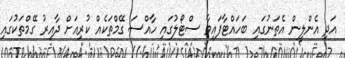
އަދި އެންލީން އެތަނުގައި ބަހައްޓާފައިވާ ސްޓޯލުގައި ހާއްސަ ގޭމްތަކެއް ކުރިއަށް ދާއިރު ގޭމްތަކުގައި